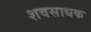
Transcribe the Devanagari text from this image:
शवसाधक